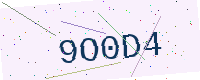
Text: 9O0D4